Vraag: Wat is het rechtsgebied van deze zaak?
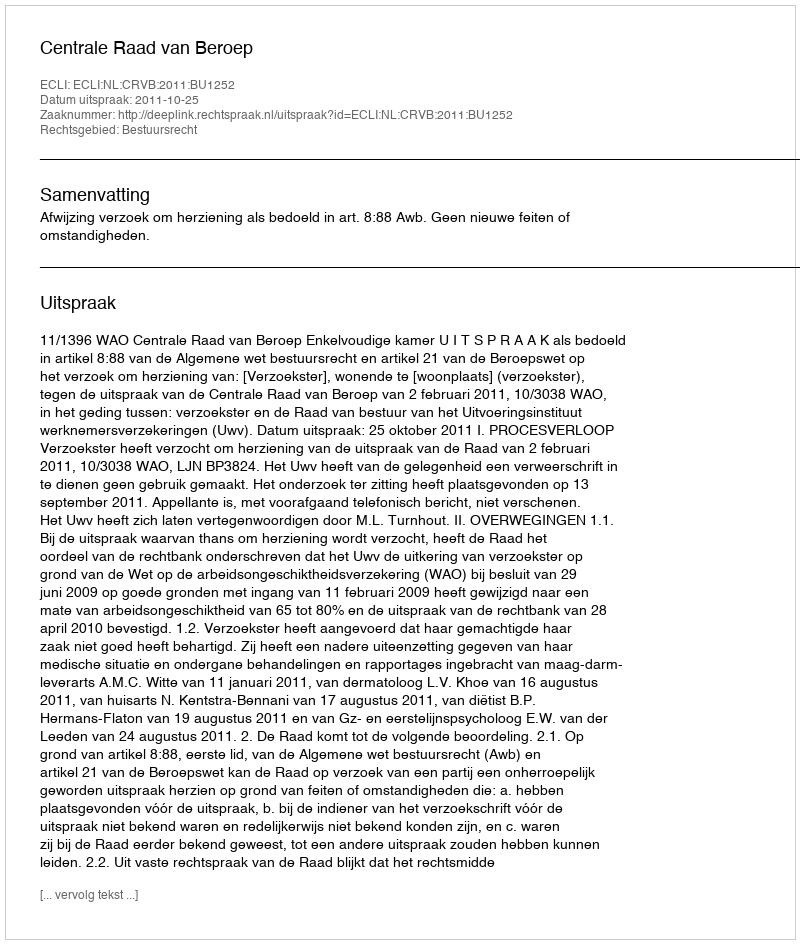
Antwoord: Bestuursrecht